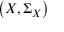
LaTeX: \left( X , \Sigma _ { X } \right)